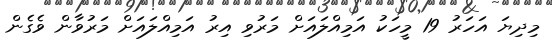
މިދިޔަ އަހަރު 19 މީހަކު އަމިއްލައަށް މަރުވި އިރު އަމިއްލައަށް މަރުވާން ވެގެން